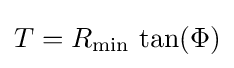
T=R_{\mathrm {min} }\,\tan(\Phi )